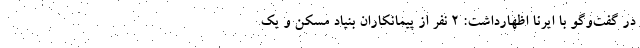
در گفت‌وگو با ایرنا اظهارداشت: ۲ نفر از پیمانکاران بنیاد مسکن و یک